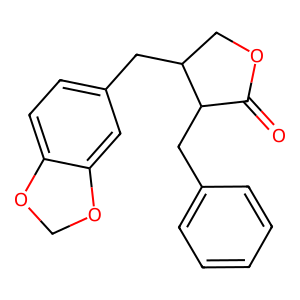
SMILES: O=C1OCC(Cc2ccc3c(c2)OCO3)C1Cc1ccccc1
Inhibits HIV replication: No